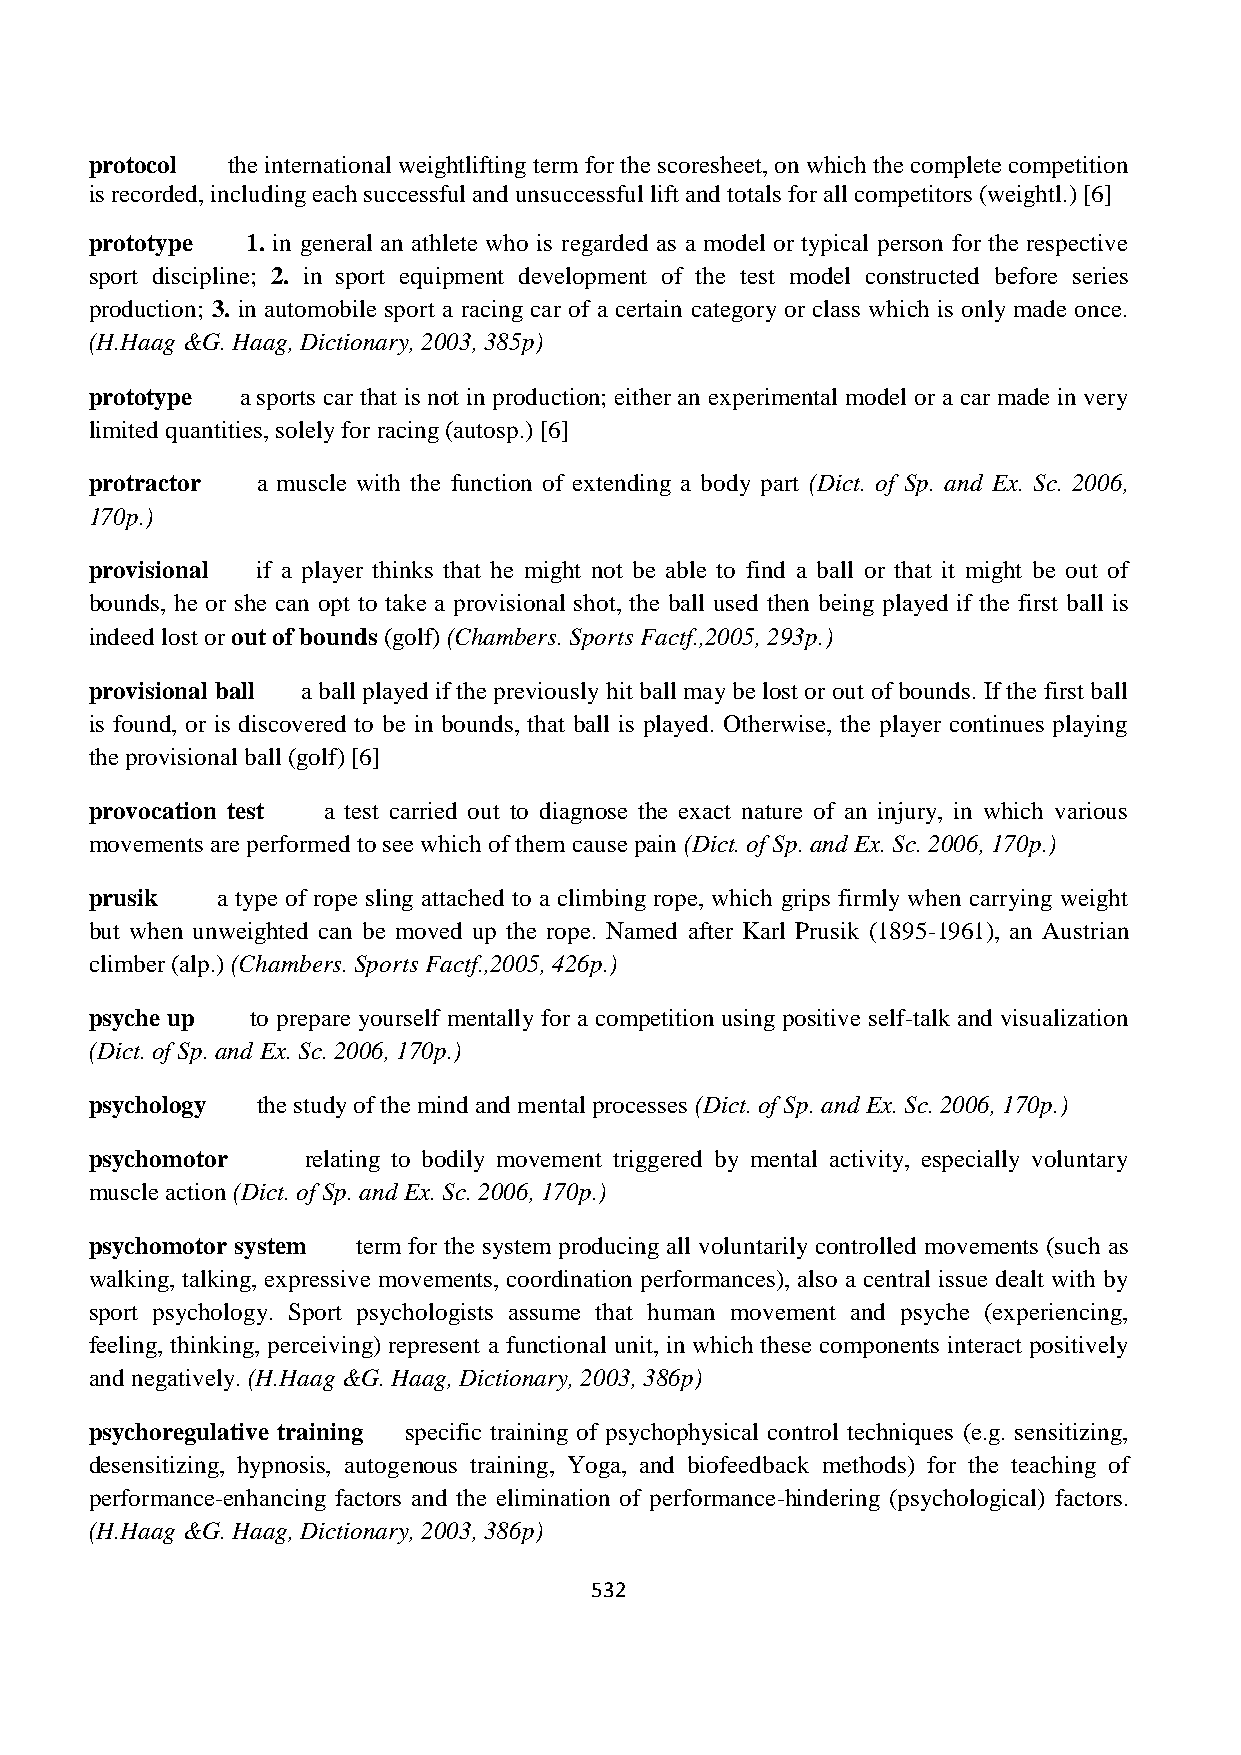
protocol the international weightlifting term for the scoresheet, on which the complete competition
 is recorded, including each successful and unsuccessful lift and totals for all competitors (weightl.) [6]
 prototype 1. in general an athlete who is regarded as a model or typical person for the respective
 sport discipline; 2. in sport equipment development of the test model constructed before series
 production; 3. in automobile sport a racing car of a certain category or class which is only made once.
 (H.Haag &G. Haag, Dictionary, 2003, 385p)
 prototype a sports car that is not in production; either an experimental model or a car made in very
 limited quantities, solely for racing (autosp.) [6]
 protractor a muscle with the function of extending a body part (Dict. of Sp. and Ex. Sc. 2006,
 170p.)
 provisional if a player thinks that he might not be able to find a ball or that it might be out of
 bounds, he or she can opt to take a provisional shot, the ball used then being played if the first ball is
 indeed lost or out of bounds (golf) (Chambers. Sports Factf.,2005, 293p.)
 provisional ball a ball played if the previously hit ball may be lost or out of bounds. If the first ball
 is found, or is discovered to be in bounds, that ball is played. Otherwise, the player continues playing
 the provisional ball (golf) [6]
 provocation test a test carried out to diagnose the exact nature of an injury, in which various
 movements are performed to see which of them cause pain (Dict. of Sp. and Ex. Sc. 2006, 170p.)
 prusik  a type of rope sling attached to a climbing rope, which grips firmly when carrying weight
 but when unweighted can be moved up the rope. Named after Karl Prusik (1895-1961), an Austrian
 climber (alp.) (Chambers. Sports Factf.,2005, 426p.)
 psyche up  to prepare yourself mentally for a competition using positive self-talk and visualization
 (Dict. of Sp. and Ex. Sc. 2006, 170p.)
 psychology the study of the mind and mental processes (Dict. of Sp. and Ex. Sc. 2006, 170p.)
 psychomotor   relating to bodily movement triggered by mental activity, especially voluntary
 muscle action (Dict. of Sp. and Ex. Sc. 2006, 170p.)
 psychomotor system term for the system producing all voluntarily controlled movements (such as
 walking, talking, expressive movements, coordination performances), also a central issue dealt with by
 sport psychology. Sport psychologists assume that human movement and psyche (experiencing,
 feeling, thinking, perceiving) represent a functional unit, in which these components interact positively
 and negatively. (H.Haag &G. Haag, Dictionary, 2003, 386p)
 psychoregulative training specific training of psychophysical control techniques (e.g. sensitizing,
 desensitizing, hypnosis, autogenous training, Yoga, and biofeedback methods) for the teaching of
 performance-enhancing factors and the elimination of performance-hindering (psychological) factors.
 (H.Haag &G. Haag, Dictionary, 2003, 386p)
 532